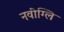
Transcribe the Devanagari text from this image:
नवीग्लि